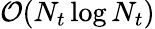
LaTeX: \mathcal{O}(N_{t}\log{}N_{t})